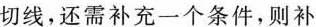
切线，还需补充一个条件，则补